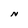
Character: N